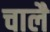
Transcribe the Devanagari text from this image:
चालै